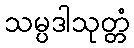
သမ္ပဒါသုတ္တံ